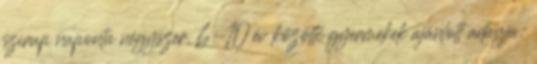
szirup naponta négyszer. 6-10 év közötti gyermekek ajánlott adagja: